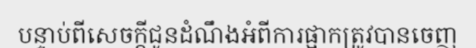
បន្ទាប់ពីសេចក្តីជូនដំណឹងអំពីការផ្អាកត្រូវបានចេញ